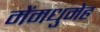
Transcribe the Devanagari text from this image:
मेंमधुमेह